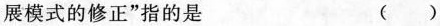
展模式的修正”指的是 ()